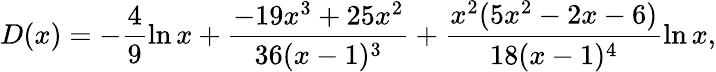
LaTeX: D(x)=-\frac{4}{9}\ln x+\frac{-19x^{3}+25x^{2}}{36(x-1)^{3}}+\frac{x^{2}(5x^{2}-2x-6)}{18(x-1)^{4}}\ln x,